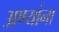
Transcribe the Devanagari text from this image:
अण्यांना